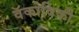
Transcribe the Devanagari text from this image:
वॅकोविकी